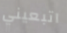
اتبعيني